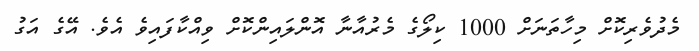
މެދުވެރިކޮށް މިހާތަނަށް 1000 ކިލޯގެ މެރުއާނާ އޮންލައިންކޮށް ވިއްކާފައިވެ އެވެ. އޭގެ އަގު